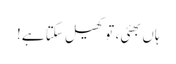
ہاں بھئی، تو کھیل سکتا ہے!